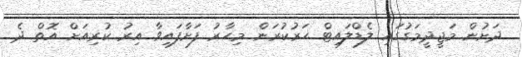
ދަށުން މަޖީދީމަގުގައި ލެޑްލައިޓް ހަރުކުރަން މިހާރު ފަށާފައިވާ އިރު ކުރިއަށް އޮތް ދެ